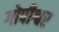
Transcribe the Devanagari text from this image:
गोपीश्वर